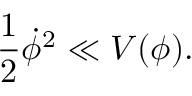
\frac { 1 } { 2 } { \dot { \phi } } ^ { 2 } \ll V ( \phi ) .